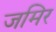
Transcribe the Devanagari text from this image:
जमिर